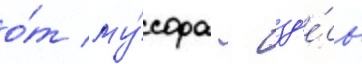
о́т му́сора - зд'е́сь